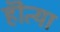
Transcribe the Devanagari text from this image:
हॊत्या